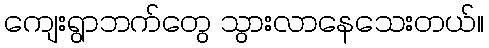
ကျေးရွာဘက်တွေ သွားလာနေသေးတယ်။